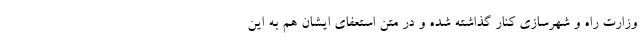
وزارت راه و شهرسازی کنار گذاشته شده و در متن استعفای ایشان هم به این